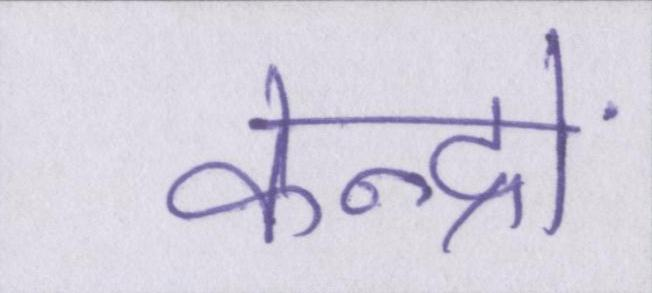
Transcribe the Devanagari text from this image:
केन्द्रों